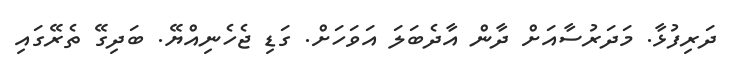
ދަރިފުޅާ. މަދަރުސާއަށް ދާން އާދެބަލަ އަވަހަށް. ގަޑި ޖެހެނިއްޔޭ. ބަދިގޭ ތެރޭގައި